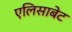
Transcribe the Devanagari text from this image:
एलिसाबेट